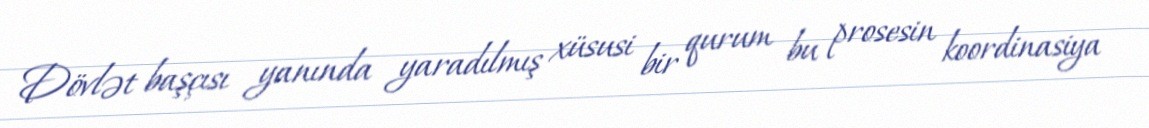
Dövlət başçısı yanında yaradılmış xüsusi bir qurum bu prosesin koordinasiya